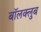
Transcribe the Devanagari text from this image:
बॉलक्लुब